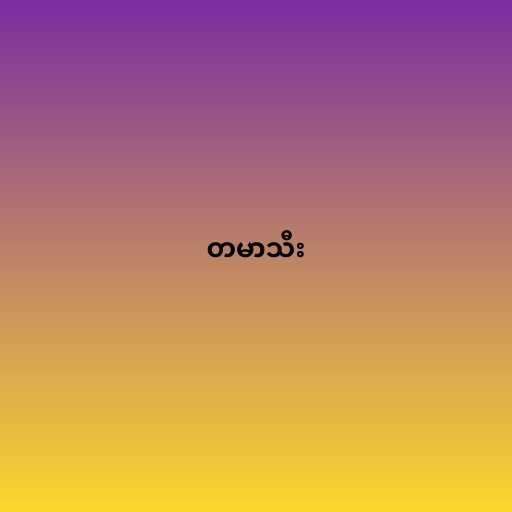
တမာသီး